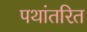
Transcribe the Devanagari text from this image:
पथांतरित